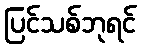
ပြင်သစ်ဘုရင်